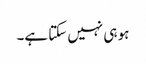
ہو ہی نہیں سکتا ہے۔